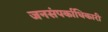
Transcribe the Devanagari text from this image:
जनसंपर्काधिकारी